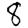
Digit: 8